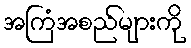
အကြံအစည်များကို